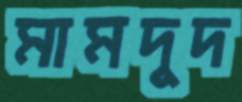
মামদুদ